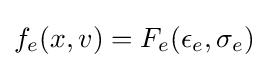
f_{e}(x,v)=F_{e}(\epsilon _{e},\sigma _{e})